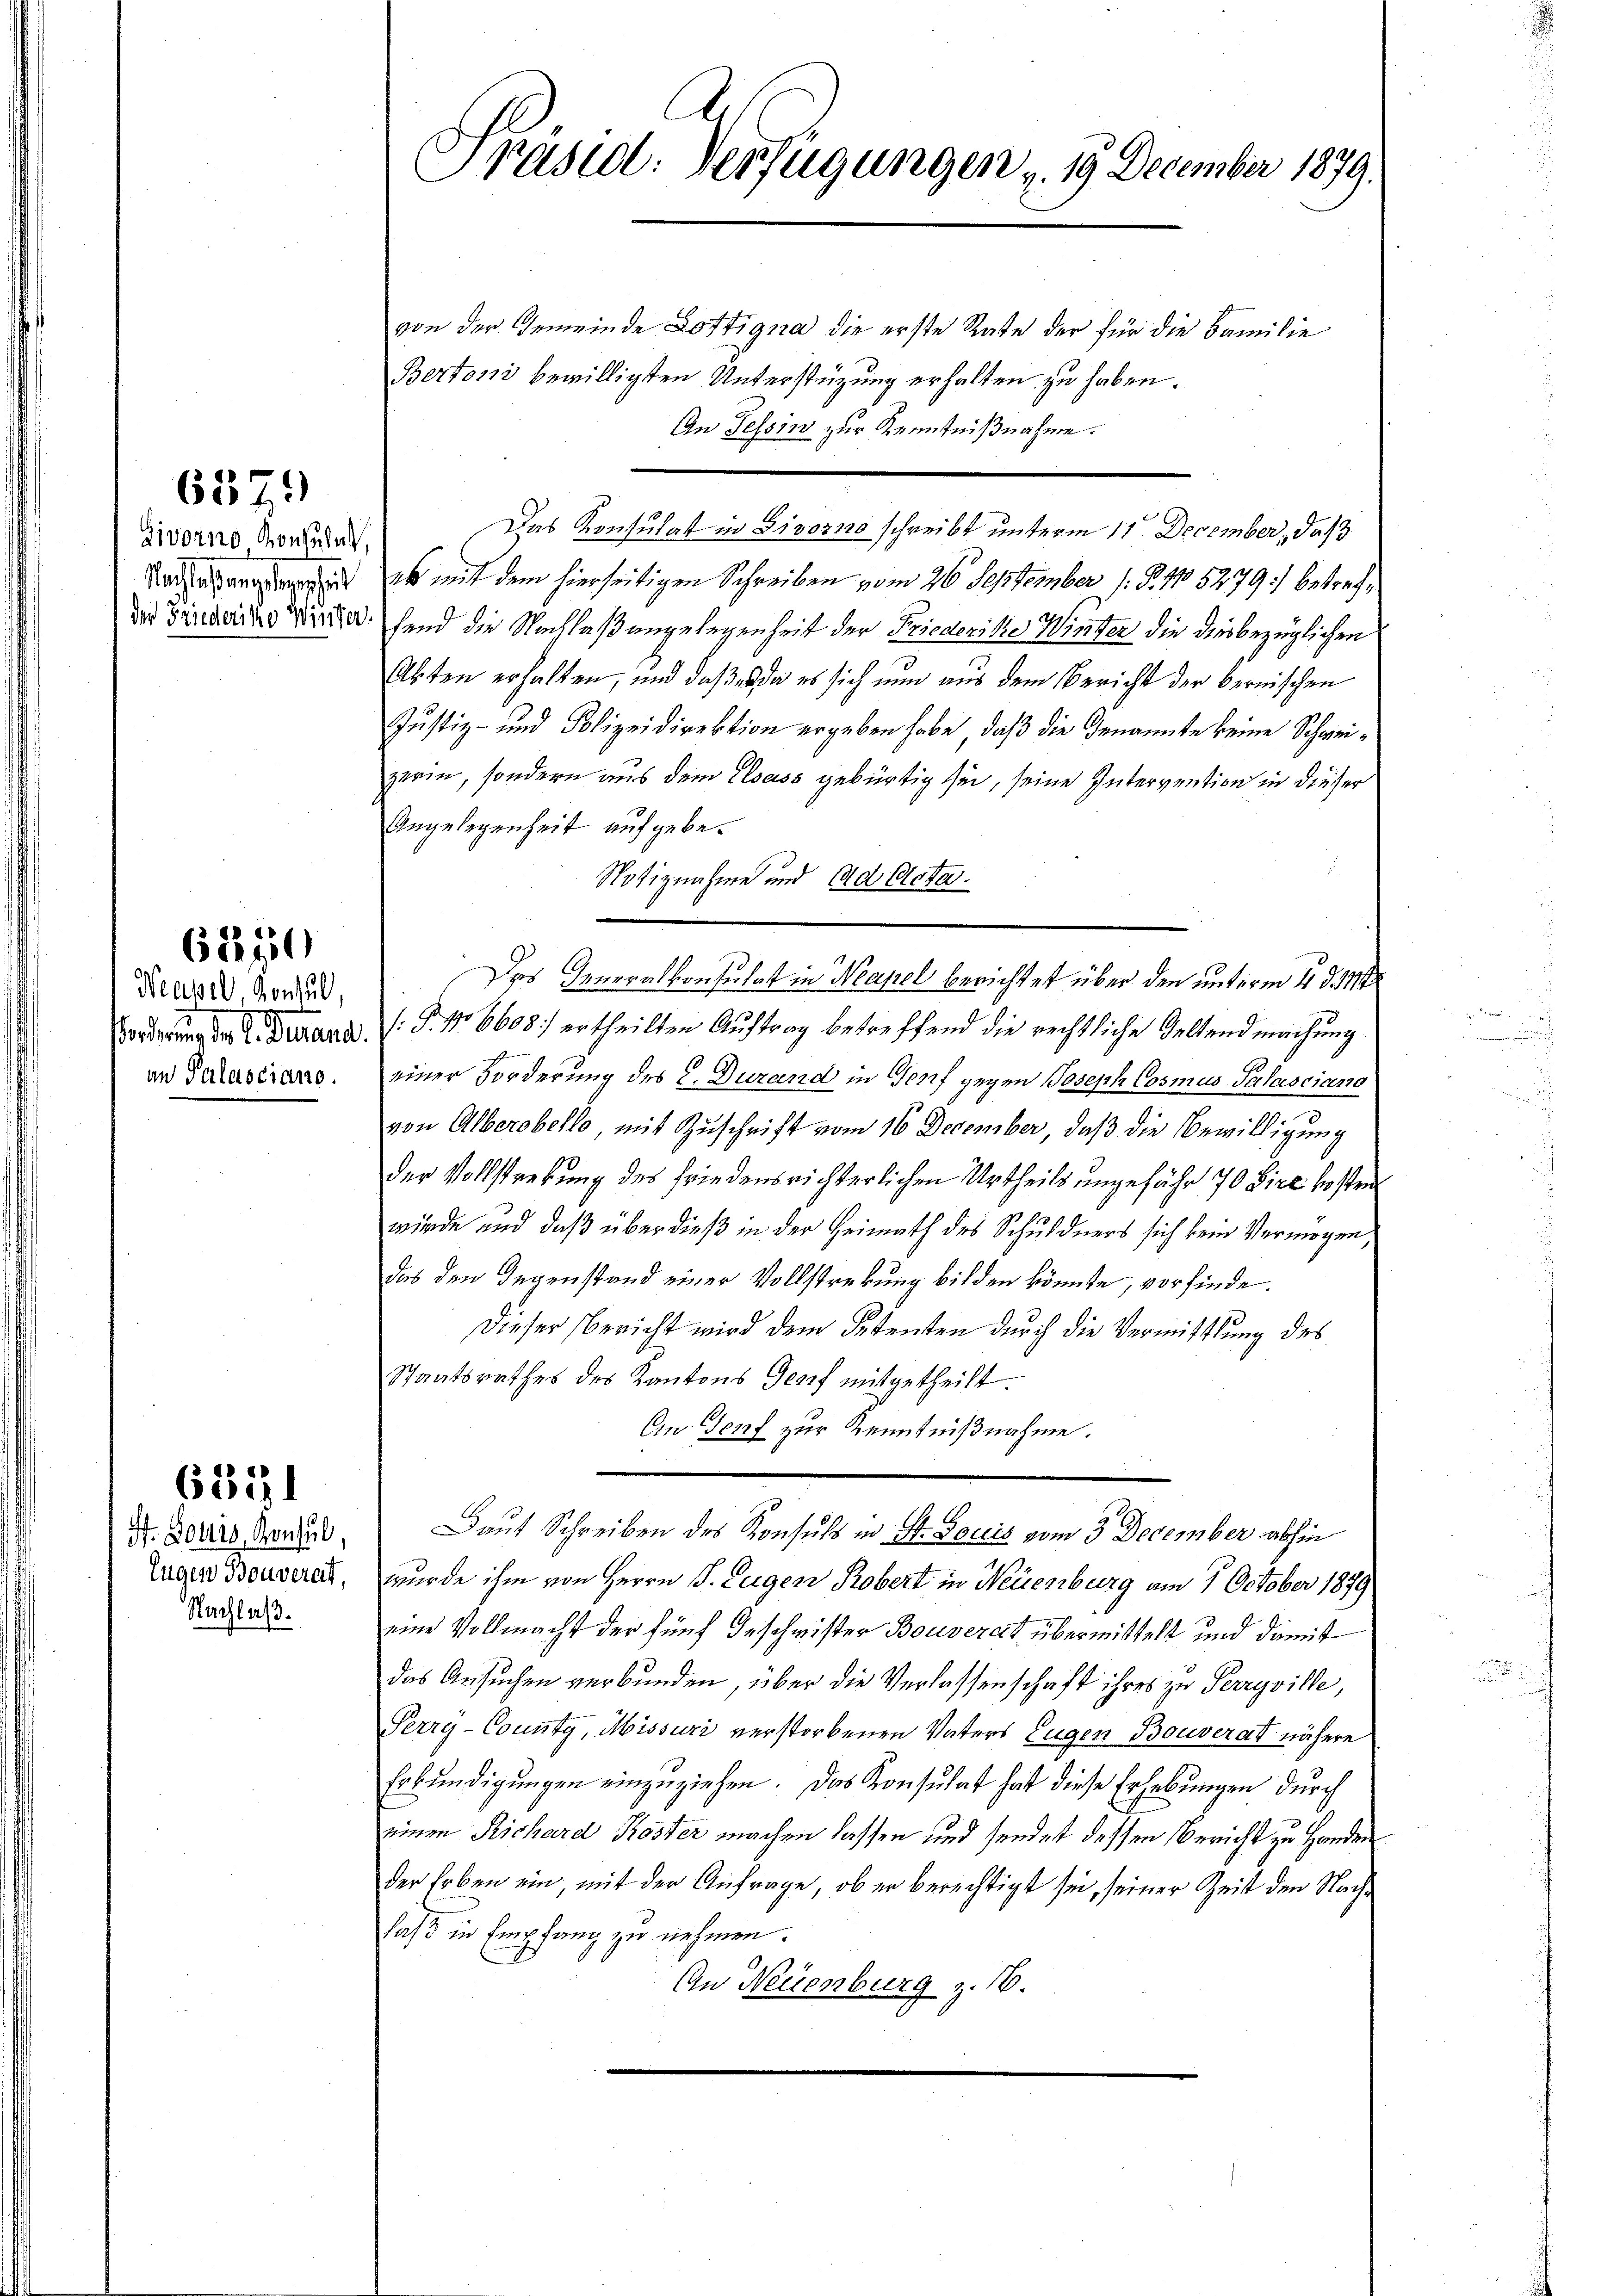
6575)

Zivorno Konsulat,
Nachtes angelegenheit
der Friederike Winter.

62270

Neapel Gontul
Forderung der L. Finand
an Palasciano.

F. Louis, Konsul
Eugen Bouverat,
Nachlaß.

6371

Präsid. Verfügungen u. 19. December 1879.

von der Gemeinde Lottigna die erste Rate der für die Familie
Bertoni bewilligsten Unterstützung erhalten zu haben.
An Tessin zur Kenntnißnahme.
Das Konsulat in Livorno schreibt unterm 11. December, daß
es mit dem hierseitigen Schreiben vom 26 September 1 S. 15279) betreffend die Nachlaßangelegenheit der Friederike Winter die dies bezüglichen
Abten erhalten, und daß es da es sich nun aus dem Bericht der bernischen
Justiz- und Polizeidirektion ergeben habe, daß die Genannte keine Schweizerin, sondern aus dem Elsass gebürtig sei, seine Intervention in dieser
Angelegenheit aufgebe¬
Notiznahme und Ad Clota.
Das Generalkonsulat in Neapel berichtet über den unterm 4. d. 14t
g
.P. No 6608. ertheilten Auftrag betreffend die rechtliche Geltend machung
einer Forderung des C. Durand in Genf gegen Joseph Cosmus Palasciano
von Alberobello, mit Zuschrift vom 16 December, daß die Bewilligung
Der Vollstrebung des friedensrichterlichen Urtheils ungefähr 70 Lire kosten
würde und daß über dieß in der Heimath des Schuldners sich kein Vermögen
das den Gegenstand einer Vollstreckung bilden könnte, vorfinde.
Dieser Bericht wird dem Petenten durch die Vermittlung des
Staatsrathes des Kantons Genf mitgetheilt.
An Genf zur Kenntnißnahme.
Daut Schreiben des Konsuls in St. Gaccis vom 3. December abhin
wurde ihm von Herrn P. Eugen Robert in Neuenburg am 7. October 1879
eine Vollmacht der fünf Geschwister Bouverart übermittelt und damit
das Ansuchen verbunden, über die Verlassenschaft ihres zu Perryville,
Perrg-County, Missuri verstorbenen Vaters Eugen Bouverat nähere
Erkundigungen einzuziehen. Das Konsulat hat diese Erhebungen durch
einen Richard Koster machen lassen und sendet dessen Bericht zu Handen
der Erben ein, mit der Anfrage, ob er berechtigt sei, seiner Zeit den Nachfaß in Empfang zu nehmen.
An Neuenburg z. 16.